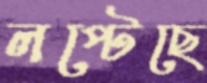
লপ্‌টেছে